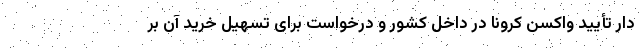
دار تأیید واکسن کرونا در داخل کشور و درخواست برای تسهیل خرید آن بر